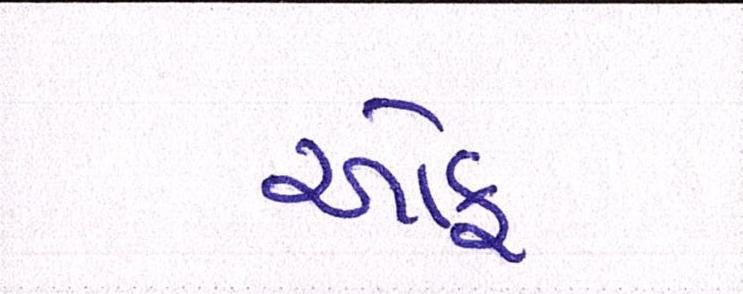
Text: ઑફ